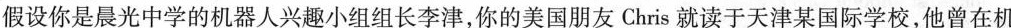
假设你是晨光中学的机器人兴趣小组组长李津，你的美国朋友Chris就读于天津某国际学校，他曾在机